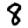
Digit: 8